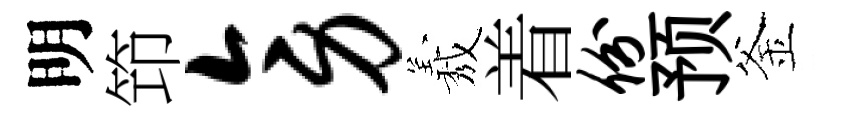
明笻旁𦏁着份预釜